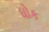
ધોક